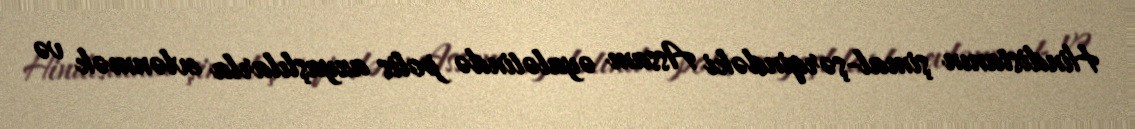
Hindistanın şimal-şərqindəki Assam əyalətində polis azyaşlılarla evlənmək və